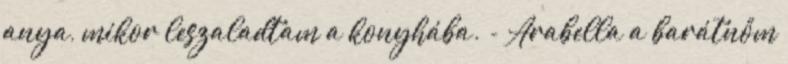
anya, mikor leszaladtam a konyhába. - Arabella a barátnőm